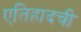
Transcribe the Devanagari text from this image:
एतिहादची